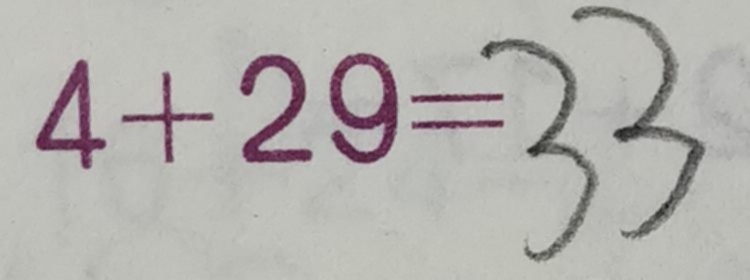
4 + 2 9 = 3 3